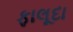
ફાલૂદા